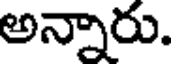
అన్నారు.